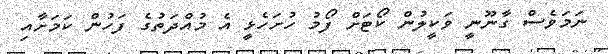
ނަމަވެސް ގާނޫނީ ވަކީލުން ކޯޓަށް ފޯމު ހުށަހެޅީ އެ މުއްދަތުގެ ފަހުން ކަމަށާއި